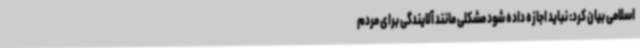
اسلامی بیان کرد: نباید اجازه داده شود مشکلی مانند آلایندگی برای مردم